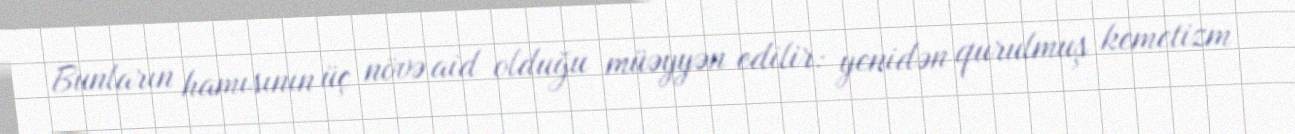
Bunların hamısının üç növə aid olduğu müəyyən edilir: yenidən qurulmuş kemetizm